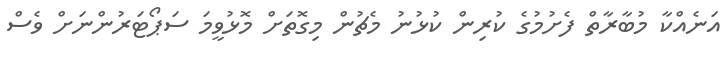
އަނެއްކާ މުބާރާތް ފެށުމުގެ ކުރިން ކުޅުނު މެޗުން މިގޮތަށް މޮޅުވީމަ ސަޕޯޓަރުންނަށް ވެސް